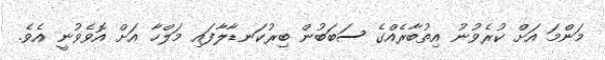
މަންމަ އަށް ކުރެވުނު އިތުބާރެއްގެ ސަބަބުން ބިރުކަނޑާލާފައި މަލްހާ އަށް އޮވެވުނީ އެވެ.